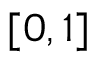
\textstyle [ 0 , 1 ]